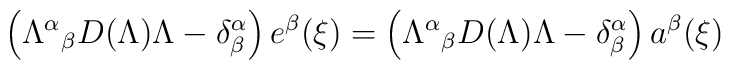
\left({\Lambda^\alpha}_\beta D(\Lambda)\Lambda-\delta^\alpha_\beta\right)e^\beta(\xi)=\left({\Lambda^\alpha}_\beta D(\Lambda)\Lambda-\delta^\alpha_\beta\right)a^\beta(\xi)